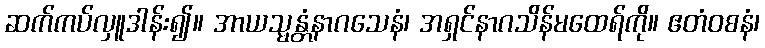
ဆက်ကပ်လှူဒါန်း၍။ အာယသ္မန္တံနာဂသေနံ၊ အရှင်နာဂသိန်မထေရ်ကို။ ဧတံဝစနံ၊